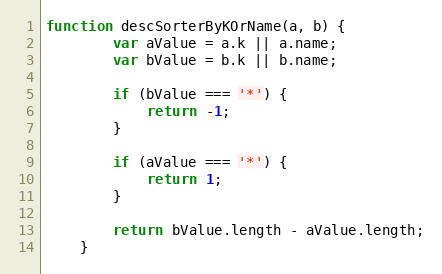
Language: JavaScript
function descSorterByKOrName(a, b) {
        var aValue = a.k || a.name;
        var bValue = b.k || b.name;

        if (bValue === '*') {
            return -1;
        }

        if (aValue === '*') {
            return 1;
        }

        return bValue.length - aValue.length;
    }